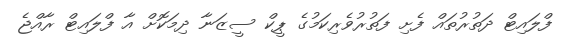
ފްލައިޓް ދަތުރުތައް ފެށި ފަތުރުވެރިކަމުގެ ޕީކް ސީޒަނާ ދިމަކޮށް އާ ފްލައިޓް ރާއްޖެ